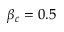
\beta _ { c } = 0 . 5